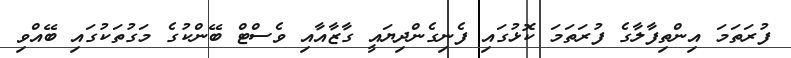
ފުރަތަމަ އިންތިފާލާގެ ފުރަތަމަ ކޮޅުގައި ފެނިގެންދިޔައީ ގާޒާއާއި ވެސްޓް ބޭންކުގެ މަގުތަކުގައި ބޭއްވި